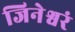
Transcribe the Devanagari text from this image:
जिनेश्वरं